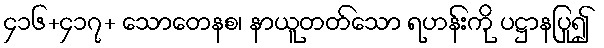
၄၁၆+၄၁၇+ သောတေနစ၊ နာယူတတ်သော ရဟန်းကို ပဋ္ဌာနပြု၍